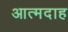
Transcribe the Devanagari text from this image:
आत्‍मदाह